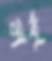
লই